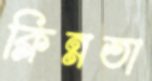
ক্লিন্নতা